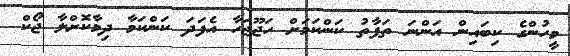
މީހުންގެ ކިބައިން އަންނަ ތަފާތު ކަންކަމަށް ހަޖޫޖަހާ އެފަދަ ކަންކަމާ ދިމާކޮށްލާ ޖޯކް